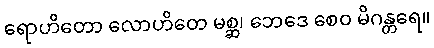
ရောဟိတော လောဟိတေ မစ္ဆ၊ ဘေဒေ စေဝ မိဂန္တရေ။